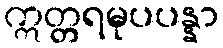
ဣတ္တရမုပပန္နာ